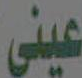
عينى